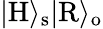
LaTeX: |\mathrm{H}\rangle_{\mathrm{s}}|\mathrm{R}\rangle_{\mathrm{o}}